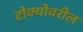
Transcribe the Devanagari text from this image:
टोक्योवरील